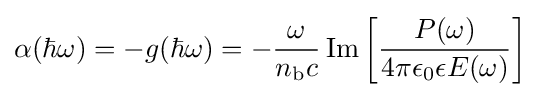
\alpha (\hbar \omega )=-g(\hbar \omega )=-{\frac {\omega }{n_{\mathrm {b} }c}}\operatorname {Im} \left[{\frac {P(\omega )}{4\pi \epsilon _{0}\epsilon E(\omega )}}\right]